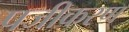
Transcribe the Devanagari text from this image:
पजीकरण